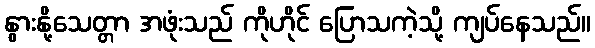
နွားနို့သေတ္တာ အဖုံးသည် ကိုဟိုင် ပြောသကဲ့သို့ ကျပ်နေသည်။